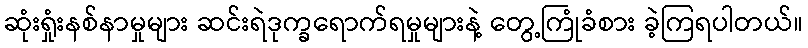
ဆုံးရှုံးနစ်နာမှုများ ဆင်းရဲဒုက္ခရောက်ရမှုများနဲ့ တွေ့ကြုံခံစား ခဲ့ကြရပါတယ်။